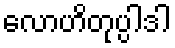
လောဟိတုပ္ပါဒါ